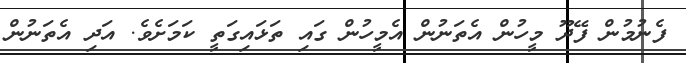
ފެނުމުން ފޭދޫ މީހުން އެތަނުން އެމީހުން ގައި ތަޅައިގަތީ ކަމަށެވެ. އަދި އެތަނުން